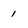
Character: 1